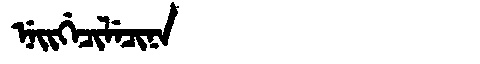
Manchu: ᠨᡝᡳᡤᡝᠴᡳᠯᡝᠴᡳᠨᠠ
Romanization: NEIGECILECINA